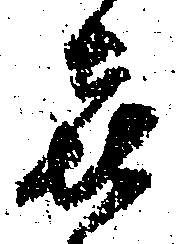
喜